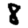
Digit: 8